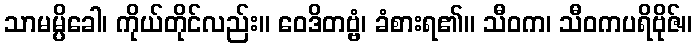
သာမမ္ပိခေါ၊ ကိုယ်တိုင်လည်း။ ဝေဒိတဗ္ဗံ၊ ခံစားရ၏။ သီဝက၊ သီဝကပရိဗိုဇ်။